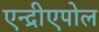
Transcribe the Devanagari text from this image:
एन्द्रीएपोल